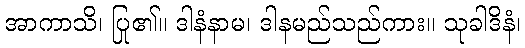
အာကာသိ၊ ပြု၏။ ဒါနံနာမ၊ ဒါနမည်သည်ကား။ သုခါဒိနံ၊